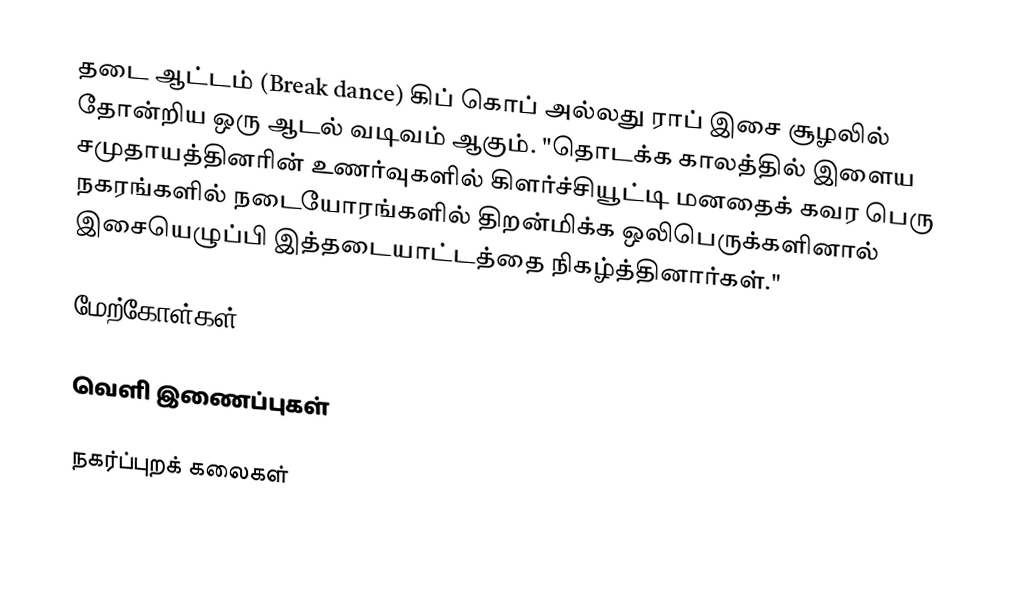
தடை ஆட்டம் (Break dance) கிப் கொப் அல்லது ராப் இசை சூழலில் தோன்றிய ஒரு ஆடல் வடிவம் ஆகும். "தொடக்க காலத்தில் இளைய சமுதாயத்தினரின் உணர்வுகளில் கிளர்ச்சியூட்டி மனதைக் கவர பெரு நகரங்களில் நடையோரங்களில் திறன்மிக்க ஒலிபெருக்களினால் இசையெழுப்பி இத்தடையாட்டத்தை நிகழ்த்தினார்கள்."

மேற்கோள்கள்

வெளி இணைப்புகள்

நகர்ப்புறக் கலைகள்